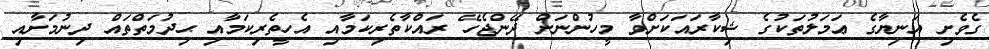
ގެވެށި އަނިޔާގެ ޢަމަލުތަކުގެ ޝިކާރައަކަށްވާ މީހުންނަށް ދޭންޖެހޭ ރައްކާތެރިކަމާއި އެހީތެރިކަމާއި ޙިދުމަތްތައް ދިނުމަށާއި